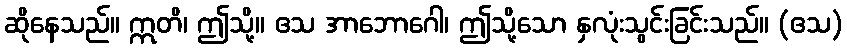
ဆိုနေသည်။ ဣတိ၊ ဤသို့။ ဧသ အာဘောဂေါ၊ ဤသို့သော နှလုံးသွင်းခြင်းသည်။ (ဧသ)